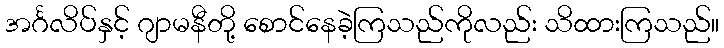
အင်္ဂလိပ်နှင့် ဂျာမနီတို့ စောင်နေခဲ့ကြသည်ကိုလည်း သိထားကြသည်။